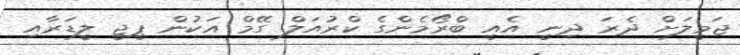
ޖަމީލަށް ދެރަ ދިނީ އެއީ ބްރޯމެންގެ ކްރުއަލް ގޭމް އަކުން ޕީޖީ ލީޑަރާއި